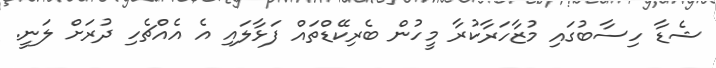
ޝެޑާ ހިސާބުގައި މުޒާހަރާކުރާ މީހުން ބެރިކޭޑްތައް ފަޅާލައި އެ އެއްޗެހި ދުރަށް ލަނީ.